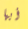
أيها